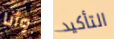
وأنا التأكيد